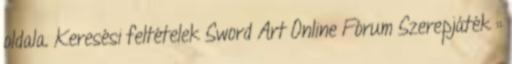
oldala. Keresési feltételek Sword Art Online Fórum Szerepjáték ::